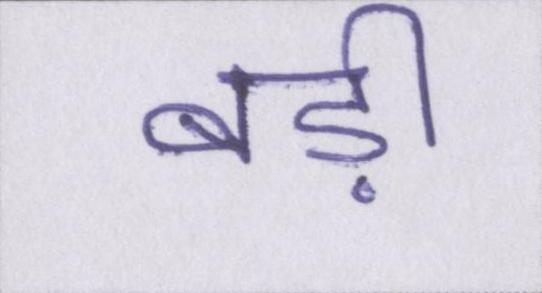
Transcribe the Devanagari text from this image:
बड़ी